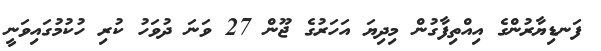
ފަނޑިޔާރުންގެ އިއްތިފާގުން މިދިޔަ އަހަރުގެ ޖޫން 27 ވަނަ ދުވަހު ކުރި ހުކުމުގައިވަނީ